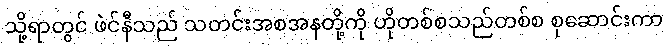
သို့ရာတွင် ဖဲင်နီသည် သတင်းအစအနတို့ကို ဟိုတစ်စသည်တစ်စ စုဆောင်းကာ